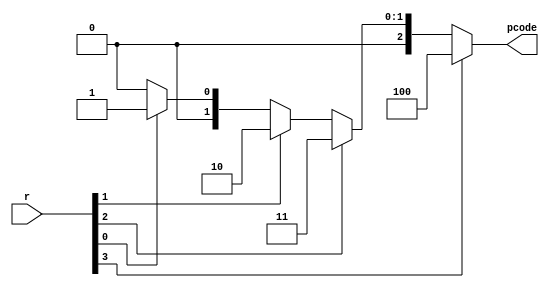
module prio_enc(
    input wire[4:1] r,
    output reg[2:0] pcode
);
always @ * 
begin
    if (r[4])
    pcode =3'b100;
    else if (r[3])
    pcode =3'b011;
    else if (r[2])
    pcode = 3'b010;
    else if (r[1])
    pcode = 3'b001;
    else 
    pcode =3'b000;

end

endmodule